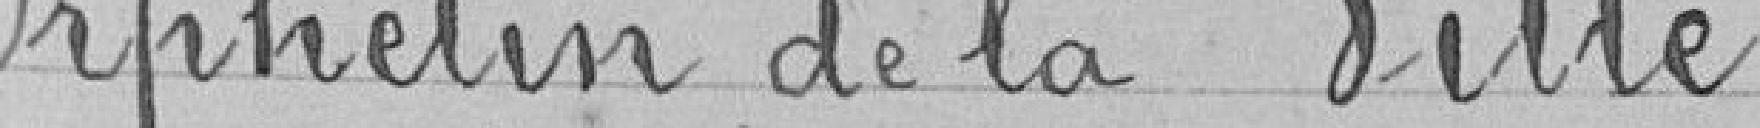
Orphelin de la Ville.